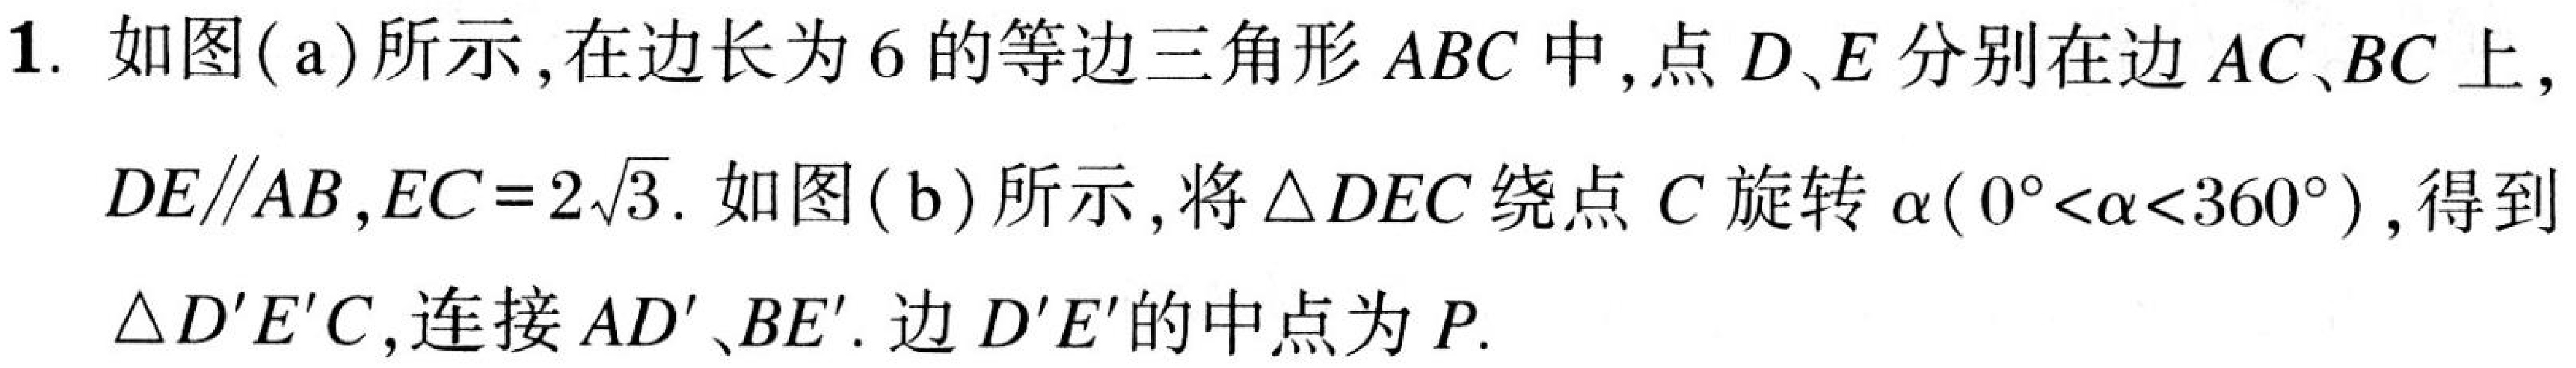
1. 如图(a)所示，在边长为 \(6\) 的等边三角形 \(ABC\) 中，点 \(D、E\) 分别在边 \(AC、BC\) 上，\(DE\parallel AB\)，\(EC = 2\sqrt{3}\). 如图(b)所示，将 \(\triangle DEC\) 绕点 \(C\) 旋转 \(\alpha(0^{\circ}<\alpha<360^{\circ})\)，得到 \(\triangle D'E'C\)，连接 \(AD'\)、\(BE'\). 边 \(D'E'\) 的中点为 \(P\).